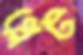
প্লেট